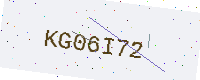
Text: KG06I72